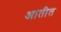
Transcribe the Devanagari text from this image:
आतीत